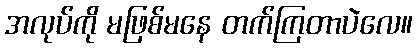
အလုပ်ကို မဖြစ်မနေ တက်ကြတာပဲလေ။